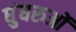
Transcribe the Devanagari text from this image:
घुंघरुओं